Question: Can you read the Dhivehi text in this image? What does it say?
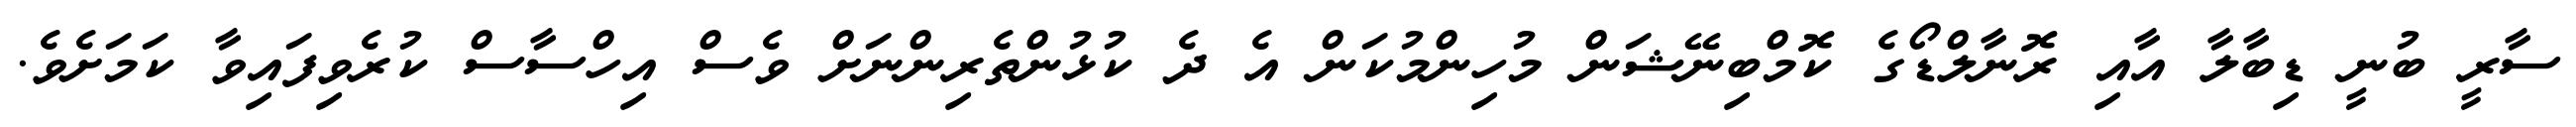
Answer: ސާރީ ބުނީ ޑިބާލާ އާއި ރޮނާލްޑޯގެ ކޮމްބިނޭޝަން މުހިންމުކަން އެ ދެ ކުޅުންތެރިންނަށް ވެސް އިހްސާސް ކުރެވިފައިވާ ކަމަށެވެ.